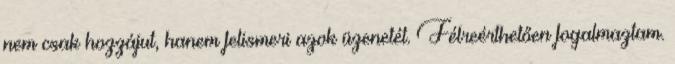
nem csak hozzájut, hanem felismeri azok üzenetét. Félreérthetően fogalmaztam.